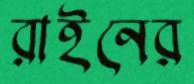
রাইনের